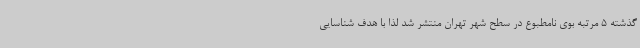
گذشته 5 مرتبه بوی نامطبوع در سطح شهر تهران منتشر شد لذا با هدف شناسایی